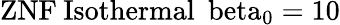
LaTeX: \mathrm{{ZNF}\: \mathrm{{Isothermal}\: \ beta_{0}=10}}